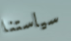
سياستنا